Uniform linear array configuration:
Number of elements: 8
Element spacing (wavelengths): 1
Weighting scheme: blackman
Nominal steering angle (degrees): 30
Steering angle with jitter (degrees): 28.849
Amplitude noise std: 0.05
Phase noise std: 0.05

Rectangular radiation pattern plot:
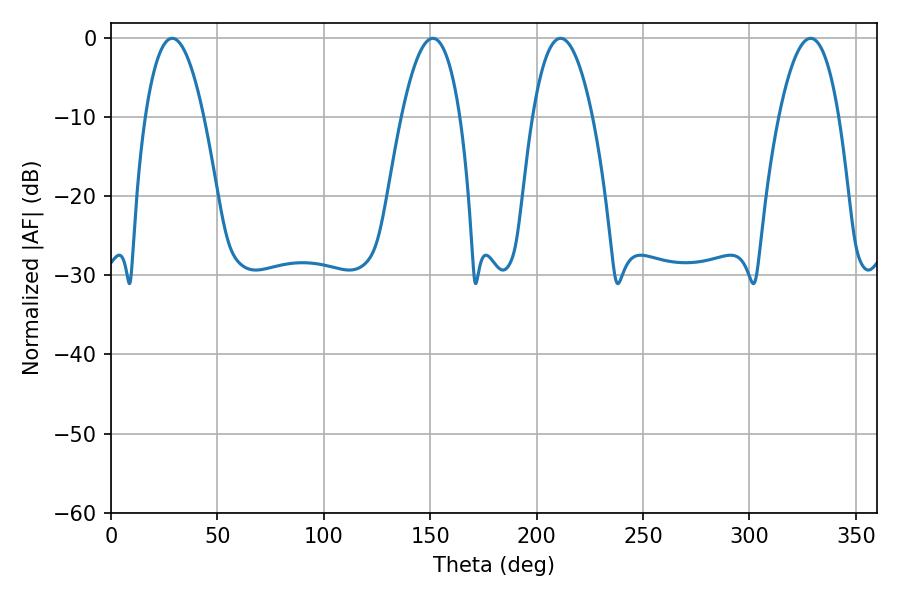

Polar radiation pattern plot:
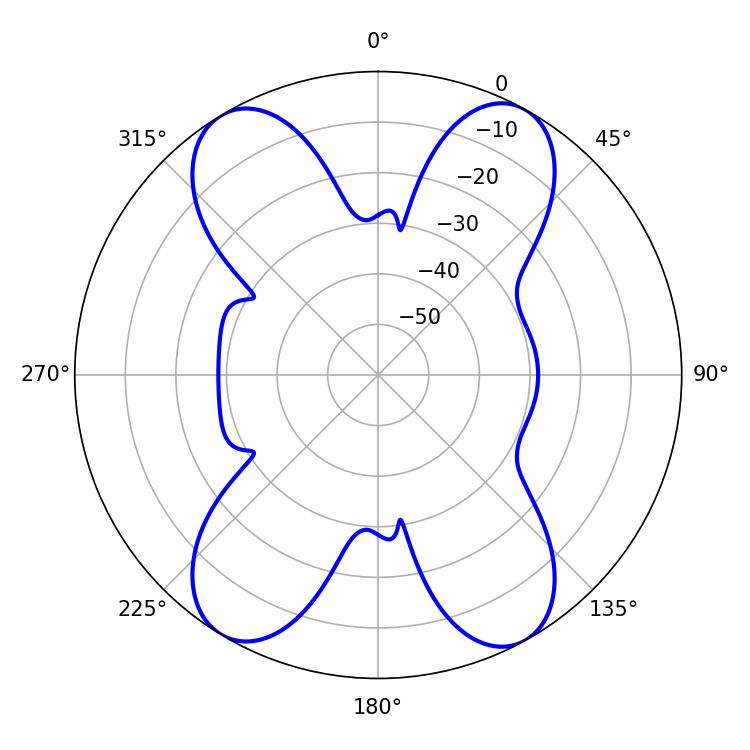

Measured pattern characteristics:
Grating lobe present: TRUE
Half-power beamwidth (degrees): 15.3
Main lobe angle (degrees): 28.8